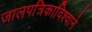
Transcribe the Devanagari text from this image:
जालपत्रिकाविश्वाने